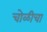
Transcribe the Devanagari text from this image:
चोळीचा